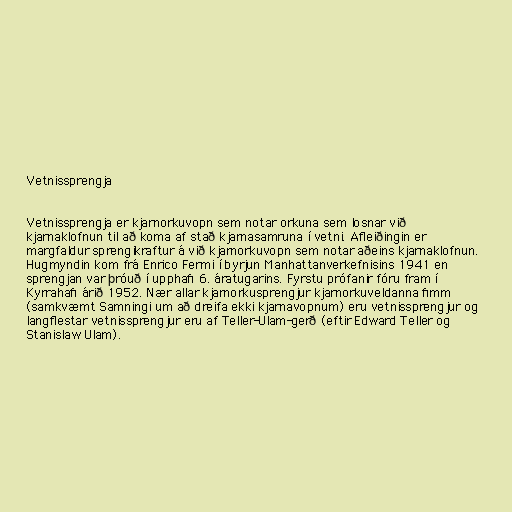
Vetnissprengja

Vetnissprengja er kjarnorkuvopn sem notar orkuna sem losnar við
kjarnaklofnun til að koma af stað kjarnasamruna í vetni. Afleiðingin er
margfaldur sprengikraftur á við kjarnorkuvopn sem notar aðeins kjarnaklofnun.
Hugmyndin kom frá Enrico Fermi í byrjun Manhattanverkefnisins 1941 en
sprengjan var þróuð í upphafi 6. áratugarins. Fyrstu prófanir fóru fram í
Kyrrahafi árið 1952. Nær allar kjarnorkusprengjur kjarnorkuveldanna fimm
(samkvæmt Samningi um að dreifa ekki kjarnavopnum) eru vetnissprengjur og
langflestar vetnissprengjur eru af Teller-Ulam-gerð (eftir Edward Teller og
Stanislaw Ulam).